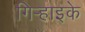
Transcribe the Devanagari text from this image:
गिर्‍हाइके